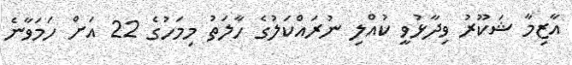
އާޒިމާ ޝަކޫރު ވިދާޅުވީ ކުއްލި ނުރައްކަލުގެ ހާލަތު މިމަހުގެ 22 އަށް ހަމަވާނެ